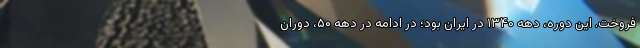
‌فروخت. این دوره، دهه ۱۳۴۰ در ایران بود؛ در ادامه در دهه ۵۰، دوران